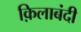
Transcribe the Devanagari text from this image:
क़िलाबंदी